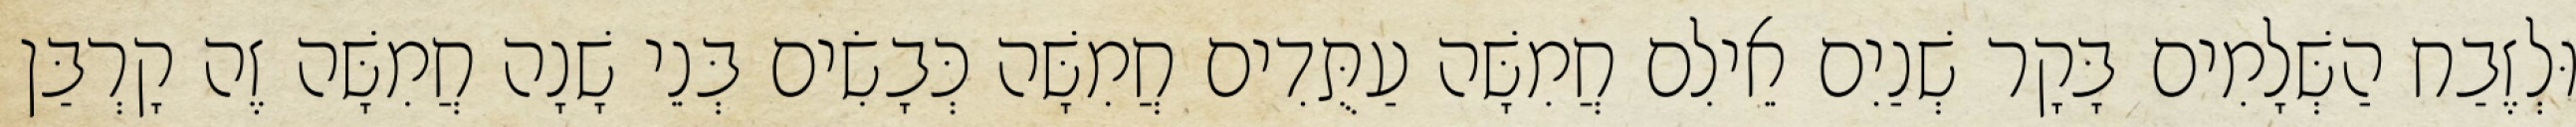
וּלְזֶבַח הַשְּׁלָמִים בָּקָר שְׁנַיִם אֵילִם חֲמִשָּׁה עַתֻּדִים חֲמִשָּׁה כְּבָשִׂים בְּנֵי שָׁנָה חֲמִשָּׁה זֶה קָרְבַּן